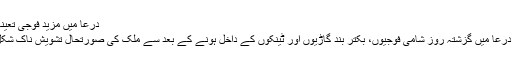
درعا میں مزید فوجی تعینات کر دیے گئے ہیں
شام کے جنوبی شہر درعا میں گزشتہ روز شامی فوجیوں، بکتر بند گاڑیوں اور ٹینکوں کے داخل ہونے کے بعد سے ملک کی صورتحال تشویش ناک شکل اختیار کر گئی ہے۔